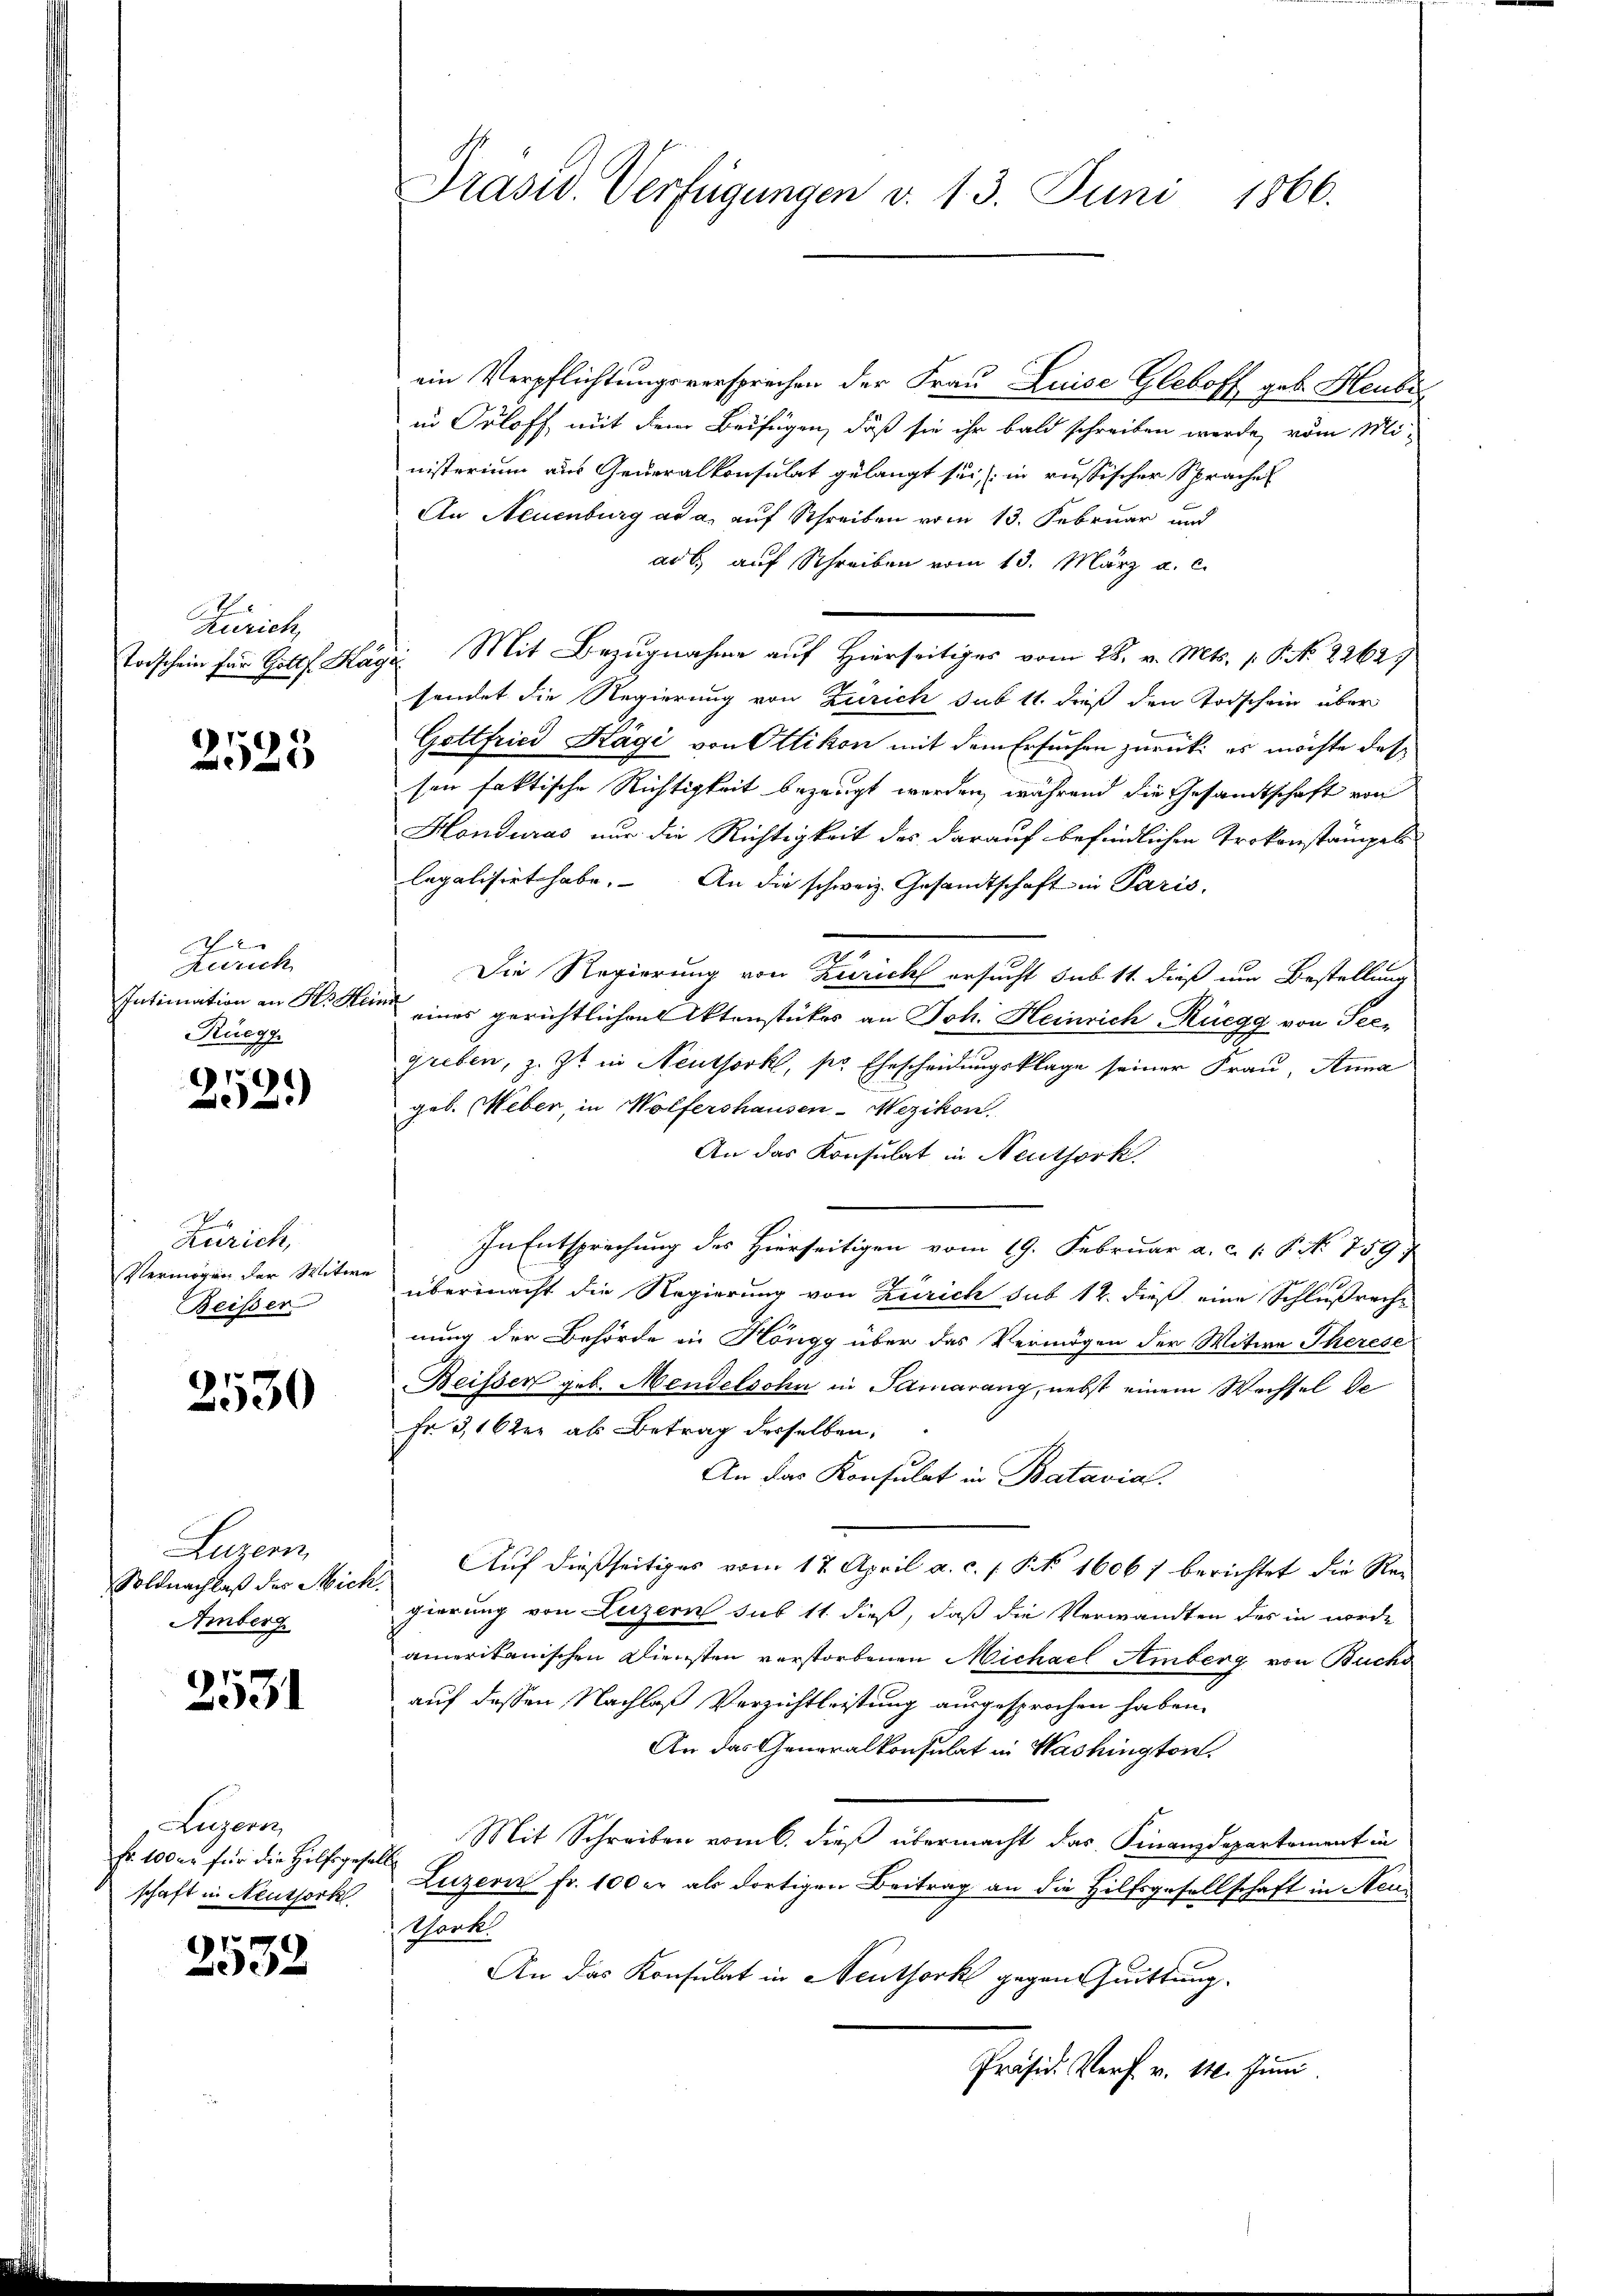
Zürich,
Todschein für Gotts Ka

2525

Zürich
Intimation an H. Heine
Rüegg

9
22

J
aurich,
Vermögen der Witwe
Beiser

2530

Luzern
Soldnachlaß der Mich
Amber

2531

Luzern,
Fr. 100 fr für die Hilfsgesa
schaft in Neuthork

2532

Präsid. Verfügungen d. 13. Juni 1866.

ein Verpflichtungsversprechen der Frau Luise Gleboff geb. Heube
in Orloff, mit dem Beifügen, daß sie ihr bald schreiben werde, vom Mi-
nisterium aus Generalkonsulat gelangt sei, in russischer Spraches
An Neuenburg ad a. auf Schreiben vom 13. Februar und
arb auf Schreiben vom 13. März a. c.
de Mit Bezugnahme auf Hierseitiges vom 28. v. Mts. 1. P. Nr. 2262.
sendet die Regierung von Zürich sub 11. dieß den Todschein über
Gottfried Kägi von Ottikon mit dem Ersuchen zurück: es möchte dessen faktische Richtigkeit bezeugt worden, während die Gesandtschaft von
Honduras nur die Richtigkeit des darauf befindlichen Trokonstämpels
legalisirt habe. An die schweiz. Gesandtschaft in Paris.
Die Regierung von Zürich ersucht sub 11. dieß um Bestellung
eines gerichtlichen Aktenstückes an Joh. Heinrich-Rüegg von See¬
Greben, z. Zt. in Neuthork, per Ehescheidungsklage seiner Frau, Anna
geb. Weber, in Wolfershausen-Wezikon.
An das Konsulat in Neuthork.
In Entsprechung des Hierseitigen vom 19. Februar a. c. 1: P. No. 759
übermacht die Regierung von Zürich sub 12. dieß eine Schlußreche
nung der Behörde in Höngg über das Vermögen der Witwe Therese
Beissen geb. Mendelsohn in Samarang, nebst einem Wechsel de
Fr 3,16ter als Betrag derselben,
An das Konsulat in Batavia.
Aŭf dießseitiges vom 17. April a. c. s. S. 1606) berichtet die Rei
.
gierung von Luzern sub 11 dieß, daß die Verwandten des in werde
amerikanischen Diensten verstorbenen Michael Amberg von Buchs
auf dessen Nachlaß Verzichtleistung ausgesprochen haben.
An das Generalkonsulat in Washington,
Mit Schreiben vom 6. dieß übermacht das Finanzdepartement in
A.
Luzern Fr. 100 er als dortigen Beitrag an die Hilfsgesellschaft in Aeus
Wark.
An das Konsulat in Neuthork gegen Quittung.
Präsid. Verf. v. 14. Juni